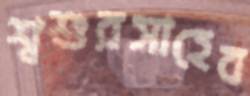
শ্বশুরসাহেব